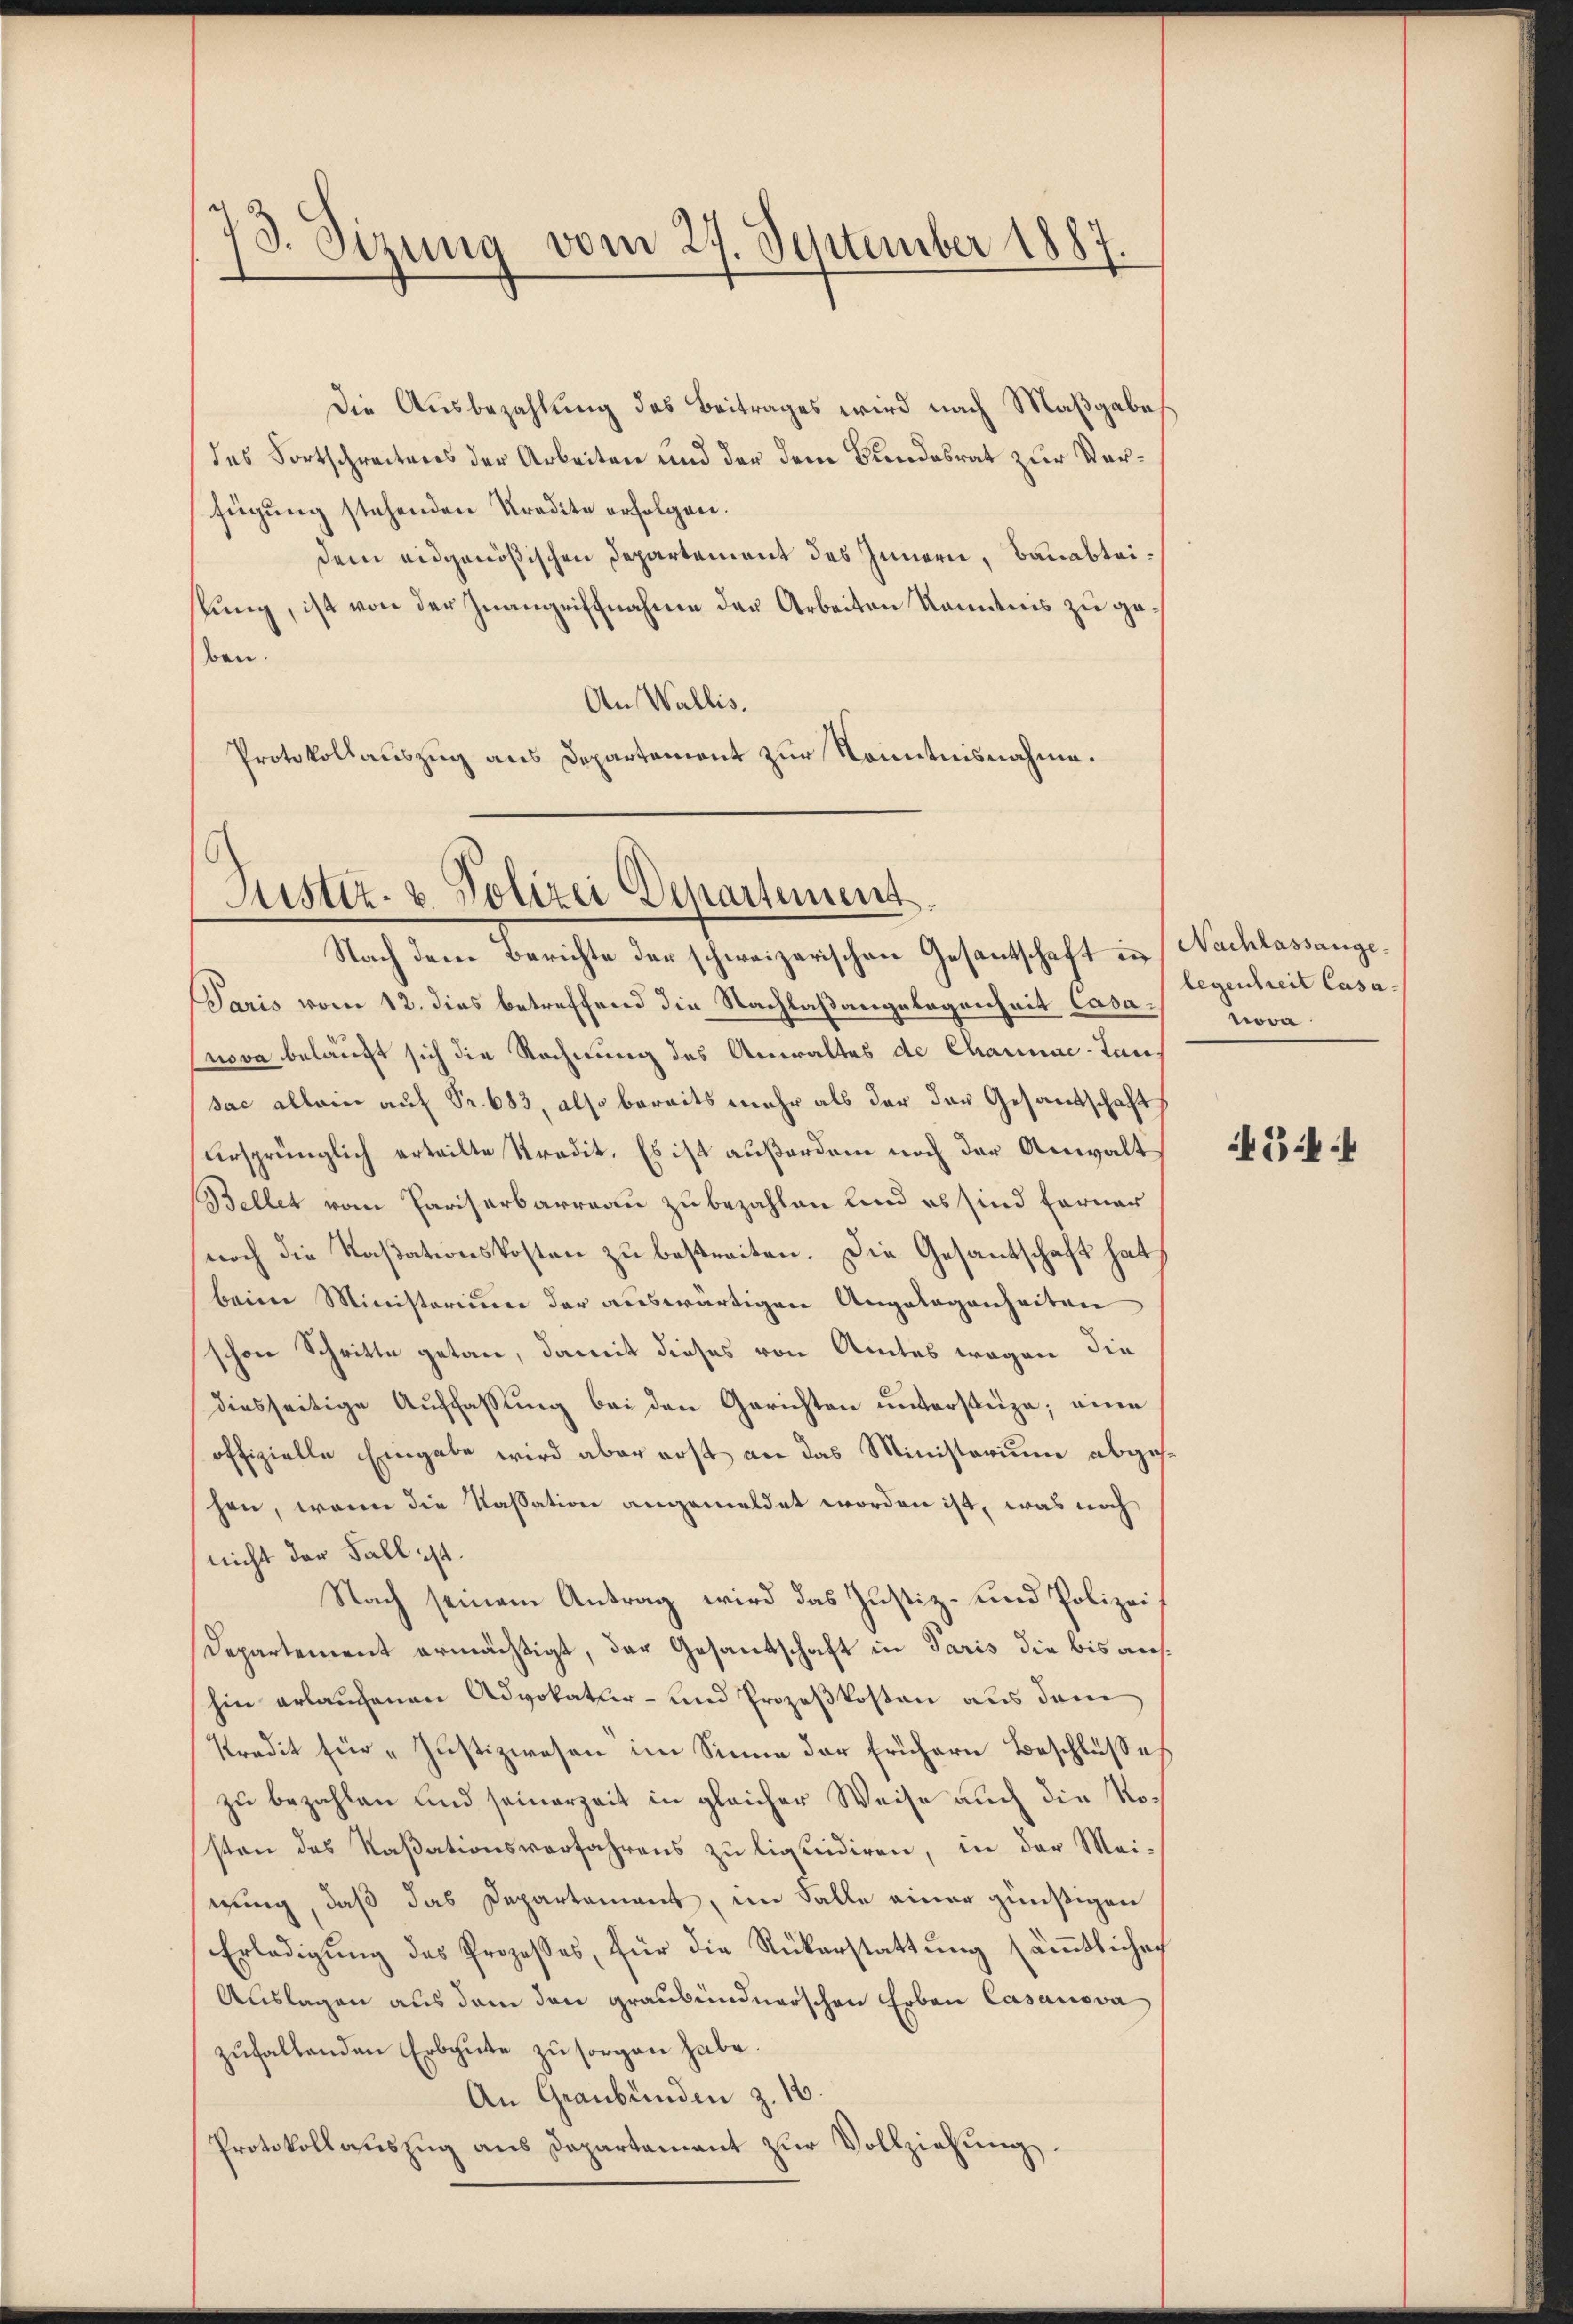
73. Sizung vom 27. September 1887

Die Ausbezahlung des Beitrages wird nach Maßgabe
des Fortschreitens der Arbeiten und der dem Bundesrat zur Verfügung stehenden Kredite erfolgen.
dem eidgenößischen Departement des Innern, Bauabteilung, ist von der Inangriffnahme der Arbeiten Kenntnis zu geben.
An Wallis.
Protokollauszug aus Departement zur Kenntnisnahme.

Justiz- & Polizei Departement
Nach dem Berichte der schweizerischen Gesantschaft in Nachlassange¬

Paris vom 12. dies betreffend die Nachlaßangelegenheit Casanova belaugt sich die Rechnung des Anwaltes de Channac-Taus
sac allein auf Pr. 683, also bereits mehr als der der Gesandschaft
ursprünglich erteilte Stradit. Es ist außerdem noch der Anwalt
Bellet vom Pariserbarreau zu bezahlen und es sind ferner
noch die Kassationskosten zu bestreiten. Die Gesantschaft hat
beim Ministerium der auswärtigen Angelegenheiten
schon Schritte getan, damit dieses von Amtes wegen die
diesseitige Auffassung bei den Gerichten unterstüze; eine
offizielle Eingabe wird aber erst an das Ministerium abgese
hen, wenn die Kassation angemeldet worden ist, was noch
nicht der Fall ist.
Nach seinem Antrag wird das Justiz- und Polizei
Departement ermächtigt, der Gesandschaft in Paris die bis aushin erlauchenen Advokatur- und Prozeßkosten aus dem
Predit für „Justizwesen im Sinne der frühern Beschlußes
zu bezahlen und seinerzeit in gleicher Weise auch die Nosten des Kaßationsverfahrens zu liquidiren, in der Mei-
nung, daß das Departement, im Falle einer günstigen
Erledigŭng des Prozesses, für die Rükerstattŭng säṁtlichen
Auslagen aus dem den graubündnerschen Erben Casanova
zufallenden Erbgute zu sorgen habe.
An Graubünden z. 18.
Protokollaŭszŭg ans Departement zŭr Vollziehung.

legenheit Casa
w.

G